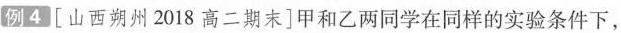
例4[山西朔州2018高二期末]甲和乙两同学在同样的实验条件下，